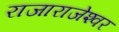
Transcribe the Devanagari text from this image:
राजाराजेश्‍वर